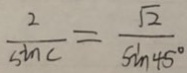
\frac { 2 } { \sin C } = \frac { \sqrt { 2 } } { \sin 4 5 ^ { \circ } }